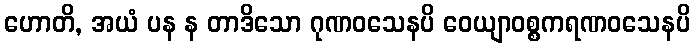
ဟောတိ, အယံ ပန န တာဒိသော ဂုဏဝသေနပိ ဝေယျာဝစ္စကရဏဝသေနပိ